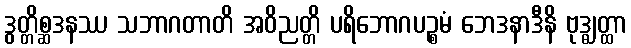
ဒွတ္တိစ္ဆဒနဿ သဘာဂတာတိ အဝိညတ္တိ ပရိဘောဂပဉ္စမံ ဘေဒနာဒီနိ ဗုဒ္ဓျတ္ထာ